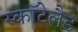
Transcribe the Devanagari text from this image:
स्कॉटेलैड